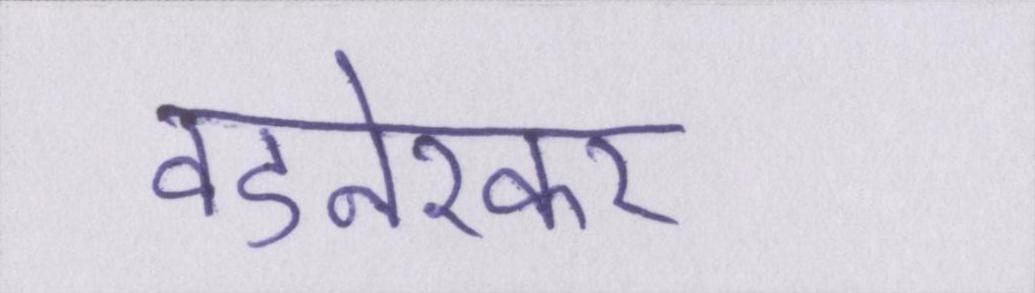
वडनेरकर